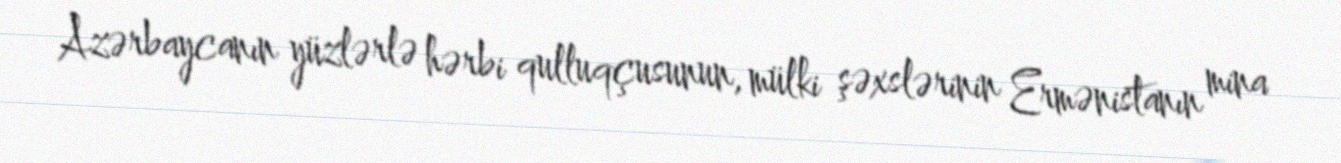
Azərbaycanın yüzlərlə hərbi qulluqçusunun, mülki şəxslərinin Ermənistanın mina